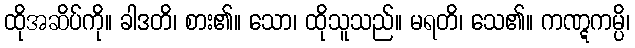
ထိုအဆိပ်ကို။ ခါဒတိ၊ စား၏။ သော၊ ထိုသူသည်။ မရတိ၊ သေ၏။ ကဏ္ဋကမ္ပိ၊